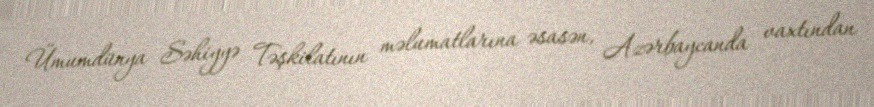
Ümumdünya Səhiyyə Təşkilatının məlumatlarına əsasən, Azərbaycanda vaxtından